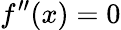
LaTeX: f^{\prime\prime}(x)=0